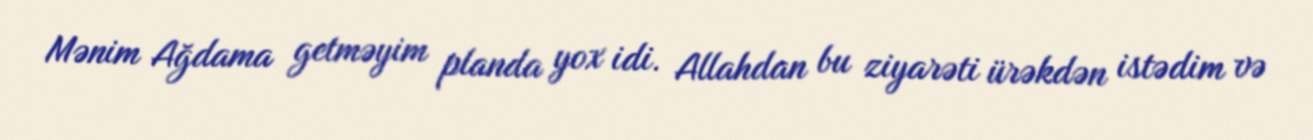
Mənim Ağdama getməyim planda yox idi. Allahdan bu ziyarəti ürəkdən istədim və